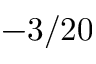
- 3 / 2 0